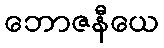
ဘောဇနီယေ